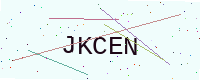
Text: JKCEN